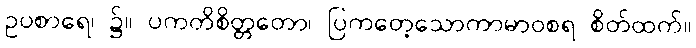
ဥပစာရေ၊ ၌။ ပကတိစိတ္တတော၊ ပြကတေ့သောကာမာဝစရ စိတ်ထက်။